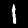
Label: 1